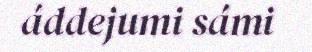
áddejumi sámi